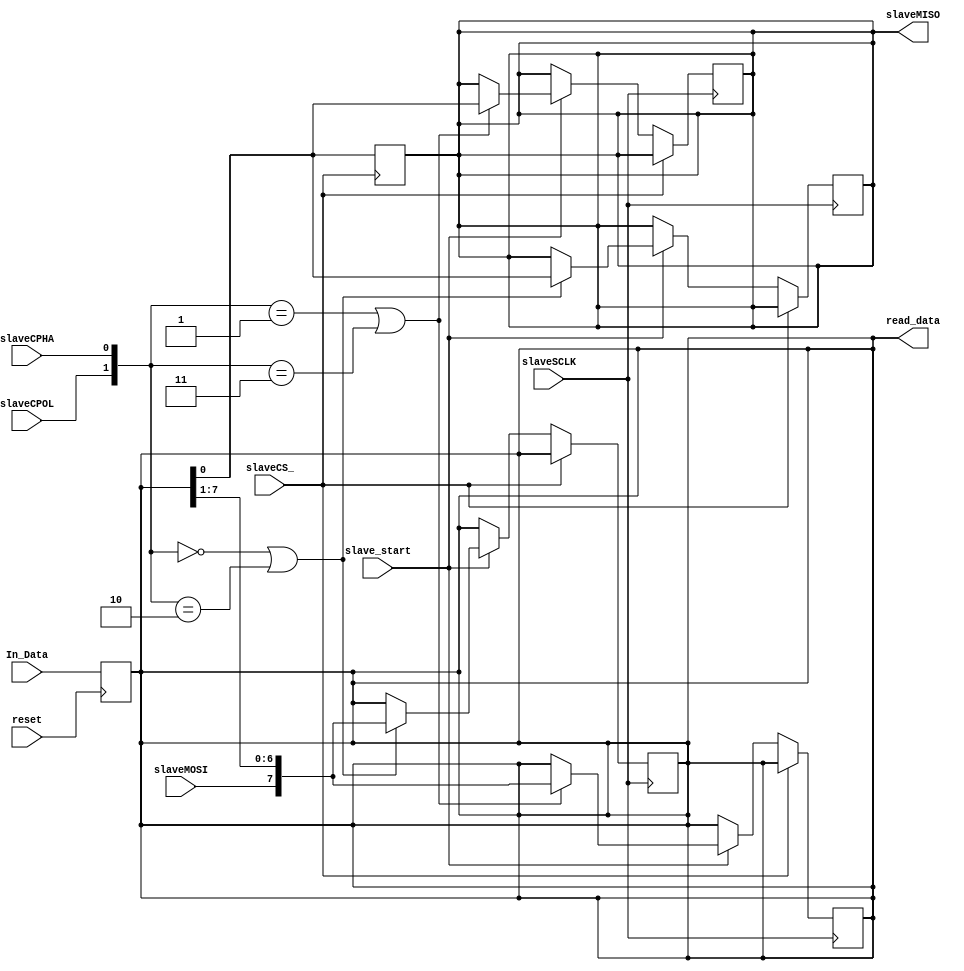
module SPI_Slave
(
reset,
In_Data,
slaveCPOL, 
slaveCPHA,
slaveSCLK, 
slaveCS_, 
slaveMISO, 
slaveMOSI,
slave_start,
read_data
);                   //SCLK: SPI clock; //MOSI: Master out Slave in;  
                                //MISO: Master in Slave out; //ExData: External data to be communicated
input wire [7:0] In_Data;
input wire reset;
input wire slaveSCLK, slaveCPOL, slaveCPHA; 
input wire slaveCS_;
input wire slaveMOSI; 
input wire slave_start;

output reg slaveMISO;
output wire [7:0] read_data; // output_data, the data from Master

reg [7:0] memReg;//internal memory register


always@ (posedge reset)
begin
memReg = In_Data;
end

always@(negedge slaveCS_)
 slaveMISO = memReg[0]; //sending
    
always @ (negedge slaveSCLK) 
begin
if(slaveCS_==0)
begin
    if(slave_start==1)
    begin
     if ({slaveCPOL,slaveCPHA}==0 ||{slaveCPOL,slaveCPHA}==2 ) // send on falling 
     slaveMISO = memReg[0]; //sending
     
     if ({slaveCPOL,slaveCPHA}==1 ||{slaveCPOL,slaveCPHA}==3 ) // read on falling
     memReg ={slaveMOSI,memReg[7:1]};

    end
  
 end
end
always@(posedge slaveSCLK) // rising edge
begin
if(slaveCS_==0)
begin

 if(slave_start==1)
begin
    if ({slaveCPOL,slaveCPHA}==1 ||{slaveCPOL,slaveCPHA}==3 ) // send on rising
    slaveMISO = memReg[0];
    if ({slaveCPOL,slaveCPHA}==0 ||{slaveCPOL,slaveCPHA}==2 ) // read on rising
    memReg <={slaveMOSI,memReg[7:1]};
end
end
end
assign read_data = memReg;

endmodule